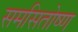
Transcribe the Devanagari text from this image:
समसितोष्ण